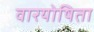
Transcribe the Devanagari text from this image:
वारयोषिता